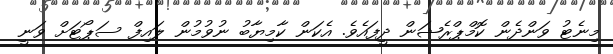
މިނެޓު ވަންދެން ކޮމްޕްރެޝަން ދީފައެވެ. އެކަން ކާމިޔާބު ނުވުމުން ލައިފް ސަޕޯޓަށް ވަނީ